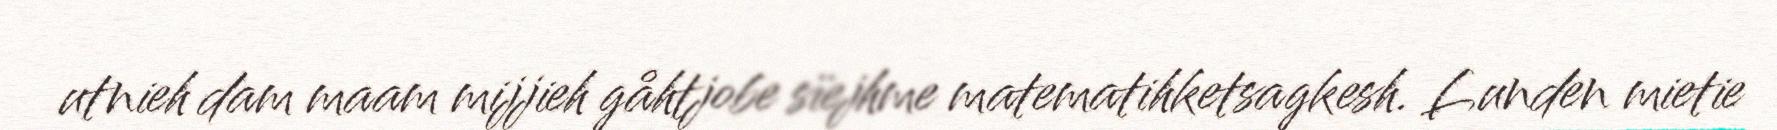
utnieh dam maam mijjieh gåhtjobe sïejhme matematihketsagkesh. Lunden mietie